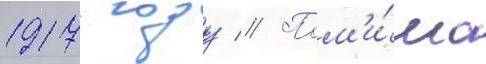
1917 году // Пом'и́мо